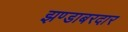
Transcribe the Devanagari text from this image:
झण्डाबरदार